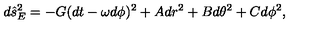
d \hat { s } _ { E } ^ { 2 } = - G ( d t - \omega d \phi ) ^ { 2 } + A d r ^ { 2 } + B d \theta ^ { 2 } + C d \phi ^ { 2 } ,